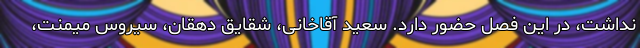
نداشت، در این فصل حضور دارد. سعید آقاخانی، شقایق دهقان، سیروس میمنت،